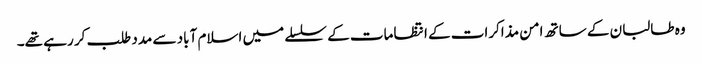
وہ طالبان کے ساتھ امن مذاکرات کے انتظامات کے سلسلے میں اسلام آباد سے مدد طلب کر رہے تھے۔